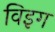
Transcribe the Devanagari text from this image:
विइग